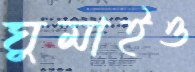
ঘুমাইও